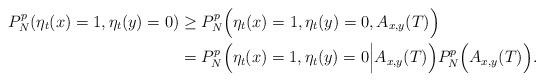
LaTeX: \begin{align*}P_N^p(\eta_t(x)=1,\eta_t(y)=0)&\geq P_N^p\Big(\eta_t(x)=1,\eta_t(y)=0,A_{x,y}(T)\Big)\\&=P_N^p\Big(\eta_t(x)=1,\eta_t(y)=0\Big|A_{x,y}(T)\Big)P_N^p\Big(A_{x,y}(T)\Big).\end{align*}